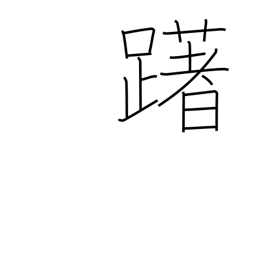
Meaning: hesitate